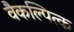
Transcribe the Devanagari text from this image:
वैकल्पित्क